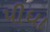
પીધા